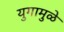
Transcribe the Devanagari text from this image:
युगामुळे